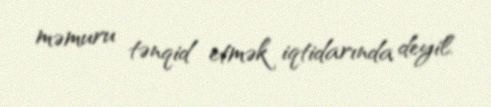
məmuru tənqid etmək iqtidarında deyil.